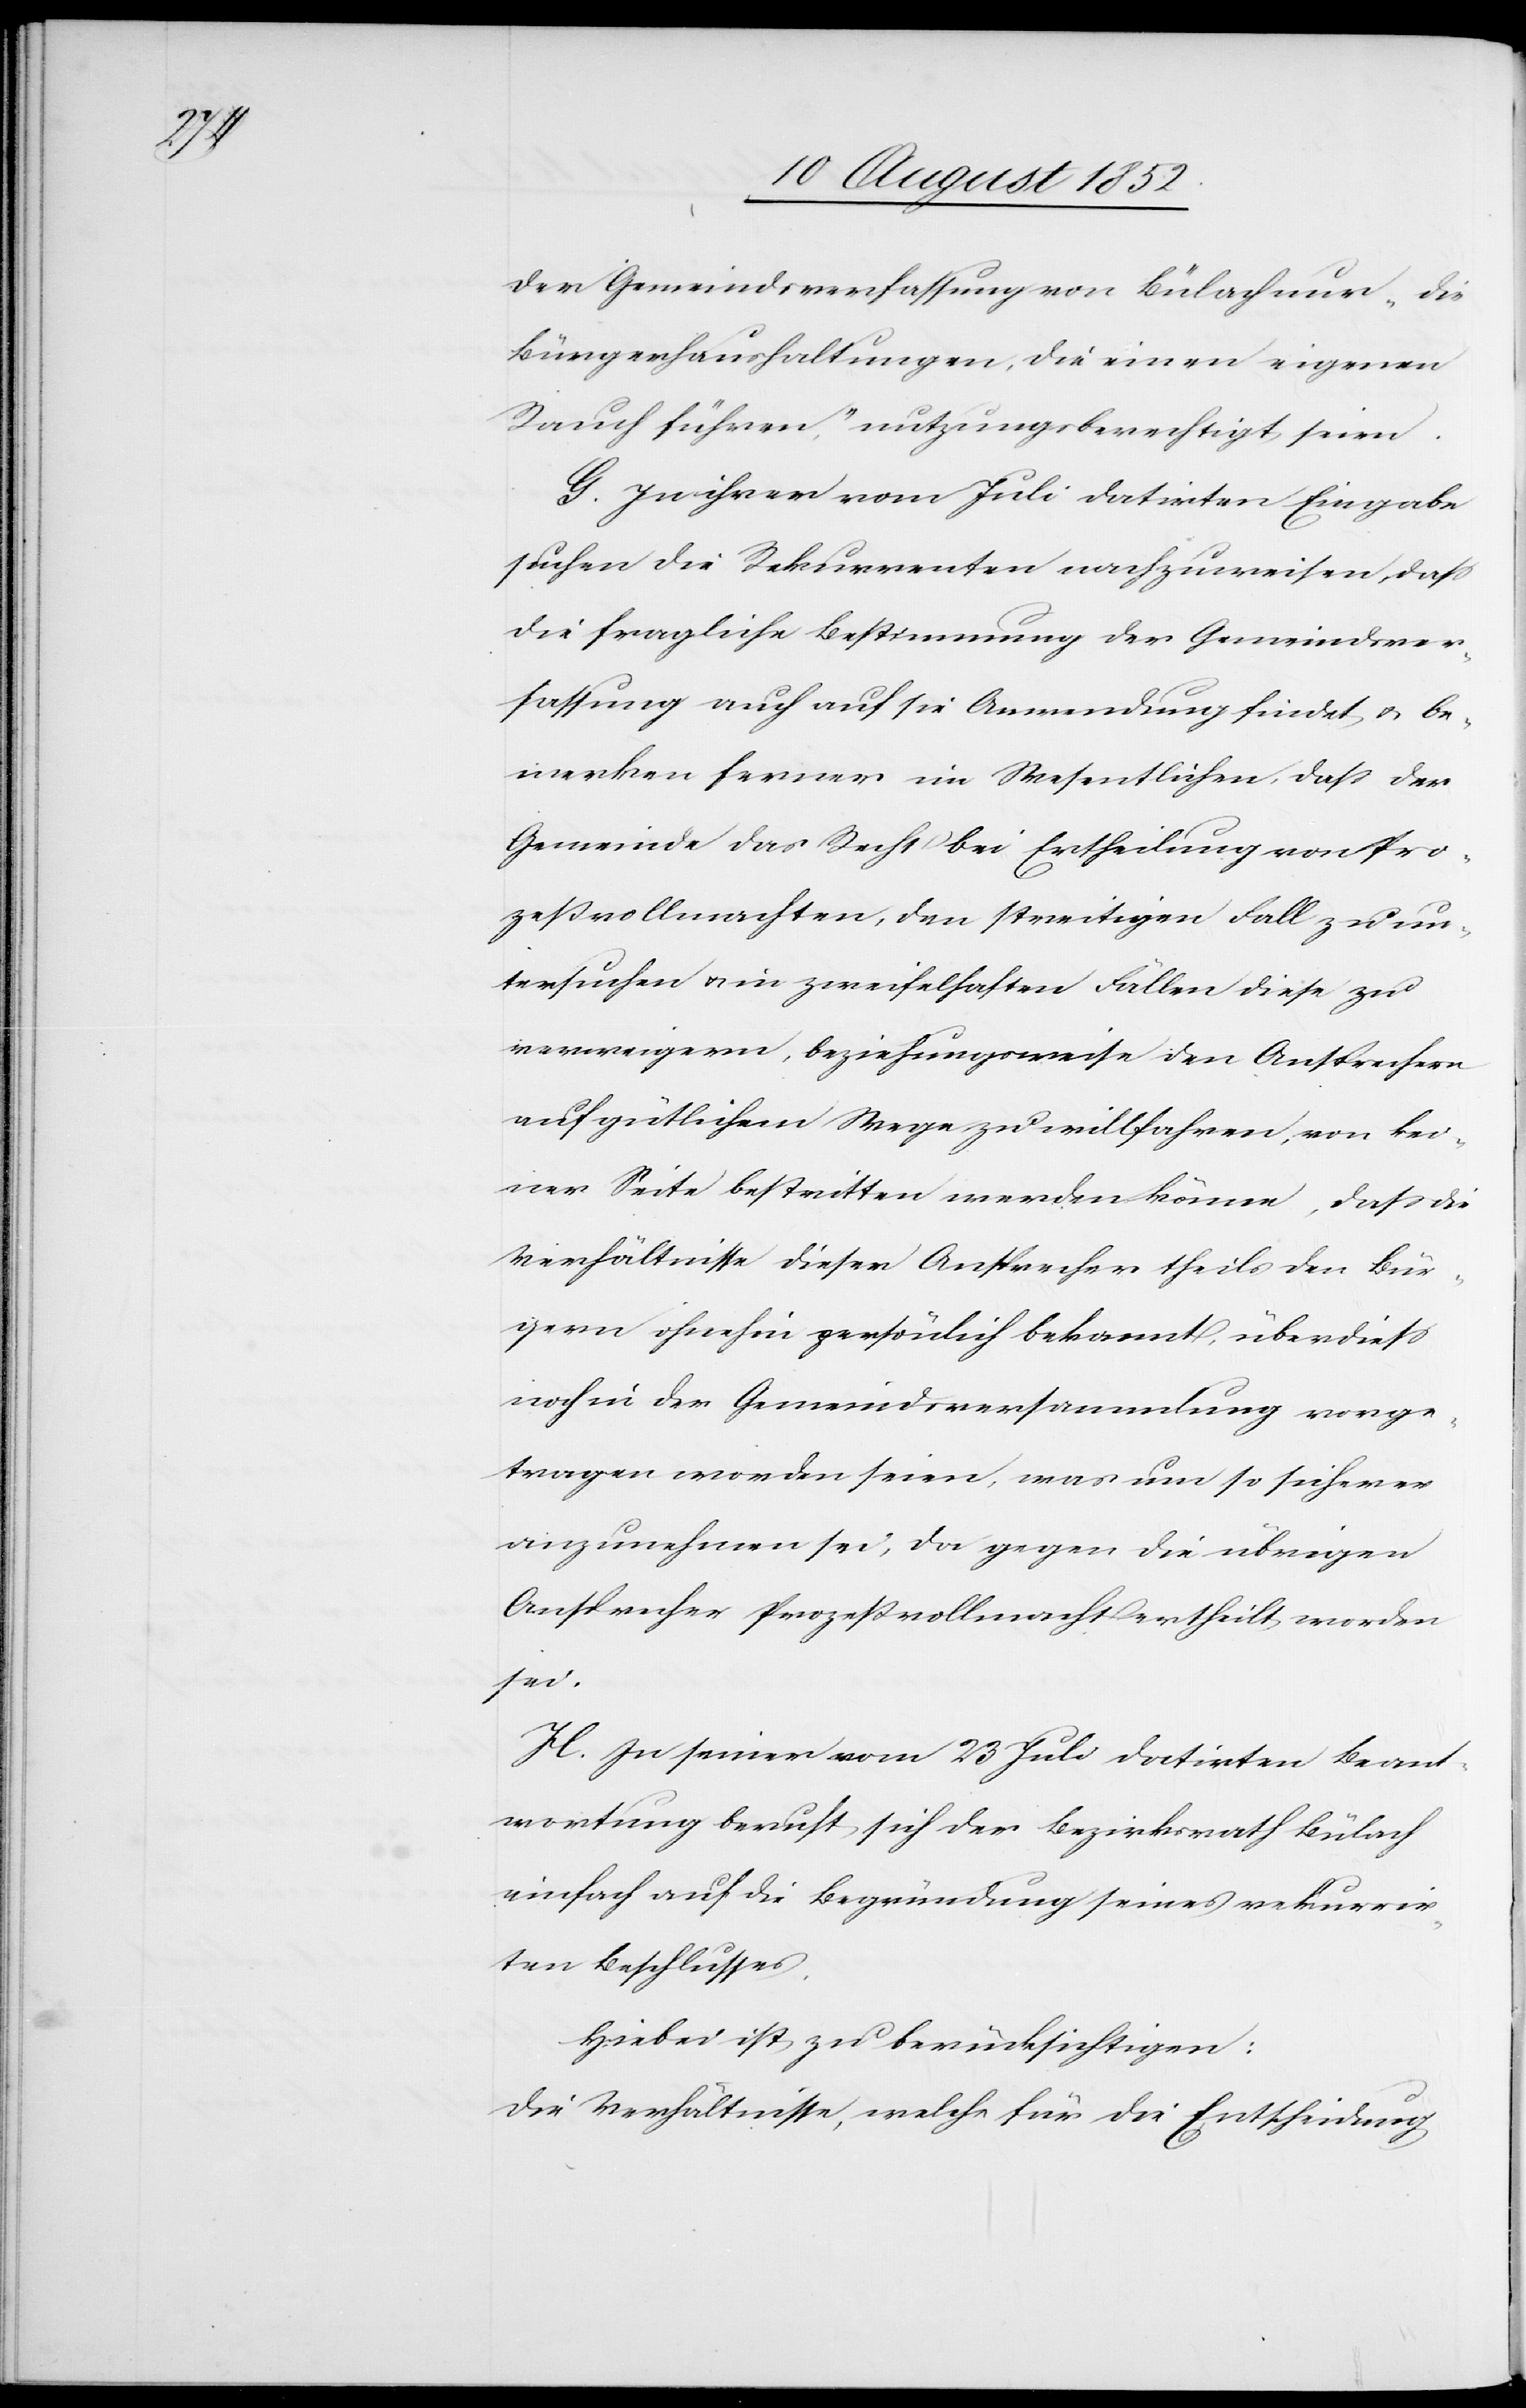
der Gemeindsverfassung von Bülach nur „die
Bürgerhaushaltungen, die einen eigenen
Rauch führen,“ nutzungsberechtigt seien.
G. In ihrer vom Juli datirten Eingabe
suchen die Rekurrenten nachzuweisen, dass
die fragliche Bestimmung der Gemeindsver¬
fassung auch auf sie Anwendung findet & be¬
merken ferner im Wesentlichen, dass der
Gemeinde das Recht bei Ertheilung von Pro¬
zeßvollmachten, den streitigen Fall zu un¬
tersuchen & in zweifelhaften Fällen diese zu
verweigern, beziehungsweise den Ansprechern
auf gütlichem Wege zu willfahren, von kei¬
ner Seite bestritten werden könne, dass die
Verhältnisse dieser Ansprecher theils den Bür¬
gern ohnehin persönlich bekannt, überdiess
noch in der Gemeindsversammlung vorge¬
tragen worden seien, was um so sicherer
anzunehmen sei, da gegen die übrigen
Ansprecher Prozeßvollmacht ertheilt worden
sei.
H. In seiner vom 23 Juli datirten Beant¬
wortung beruft sich der Bezirksrath Bülach
einfach auf die Begründung seines rekurrir¬
ten Beschlusses.
Hiebei ist zu berücksichtigen:
Die Verhältnisse, welche für die Entscheidung